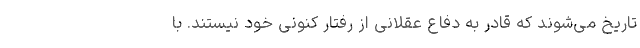
تاریخ می‌شوند که قادر به دفاع عقلانی از رفتار کنونی خود نیستند. با